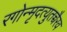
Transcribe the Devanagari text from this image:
रगोन्मृदत्युतच्चैरव